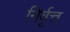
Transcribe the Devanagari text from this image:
निर्वृत्त